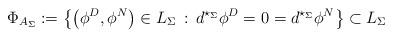
LaTeX: \begin{align*}\Phi_{A_\Sigma}:=\left\{\left(\phi^D,\phi^N\right)\in L_\Sigma\,:\, d^{\star_\Sigma}\phi^D=0=d^{\star_\Sigma}\phi^N\right\}\subset L_\Sigma\end{align*}